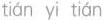
tián yi tián